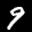
Label: 9